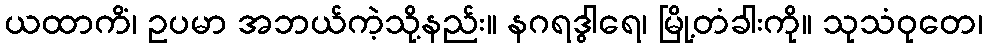
ယထာကိံ၊ ဥပမာ အဘယ်ကဲ့သို့နည်း။ နဂရဒွါရေ၊ မြို့တံခါးကို။ သုသံဝုတေ၊